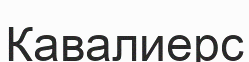
Кавалиерс